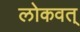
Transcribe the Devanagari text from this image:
लोकवत्